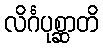
လိင်္ဂပုစ္ဆာတိ